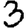
Digit: 3